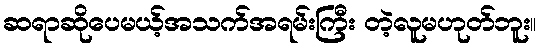
ဆရာဆိုပေမယ့်အသက်အရမ်းကြီး တဲ့လူမဟုတ်ဘူး။